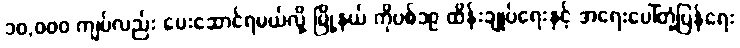
၁၀,၀၀၀ ကျပ်လည်း ပေးဆောင်ရမယ်လို့ မြို့နယ် ကိုဗစ်၁၉ ထိန်းချုပ်ရေးနှင့် အရေးပေါ်တုံ့ပြန်ရေး